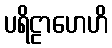
ပရိဠာဟေဟိ